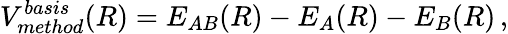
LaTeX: V_{method}^{basis}(R)=E_{AB}(R)-E_{A}(R)-E_{B}(R)\, ,